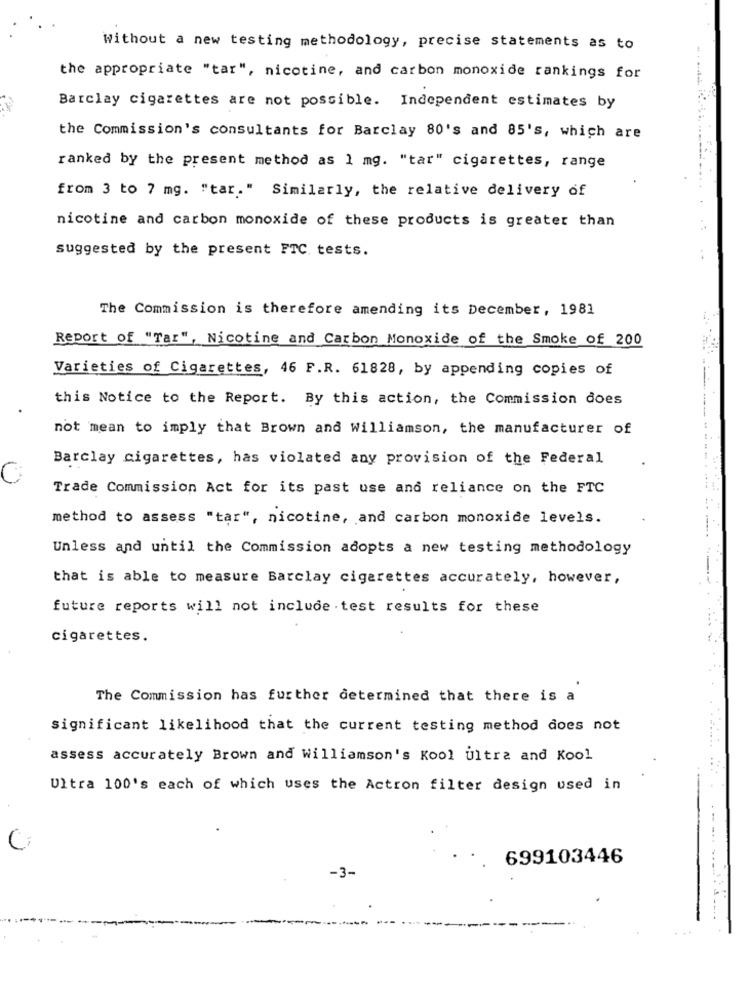
Without a new testing methodology, precise statements as to
the appropriate "tar", nicotine, and carbon monoxide rankings for
Barclay cigarettes are not possible. Independent estimates by
the Commission's consultants for Barclay 80's and 85's, which are
ranked by the present method as 1 mg. "tar" cigarettes, range
from 3 to 7 mg. "tar." Similarly, the relative delivery of
nicotine and carbon monoxide of these products is greater than
suggested by the present FTC tests.
..
The Commission is therefore amending its December, 1981
Report of "Tar", Nicotine and Carbon Monoxide of the Smoke of 200
Varieties of Cigarettes, 46 F.R. 61828, by appending copies of
this Notice to the Report. By this action, the Commission does
not mean to imply that Brown and Williamson, the manufacturer of
Barclay cigarettes, has violated any provision of the Federal
Trade Commission Act for its past use and reliance on the FTC
method to assess "tar", nicotine, and carbon monoxide levels.
Unless and until the Commission adopts a new testing methodology
that is able to measure Barclay cigarettes accurately, however,
future reports will not include . test results for these
cigarettes.
The Commission has further determined that there is a
significant likelihood that the current testing method does not
assess accurately Brown and Williamson's Kool Ultra and Kool
Ultra 100's each of which uses the Actron filter design used in
C
699103446
-3-